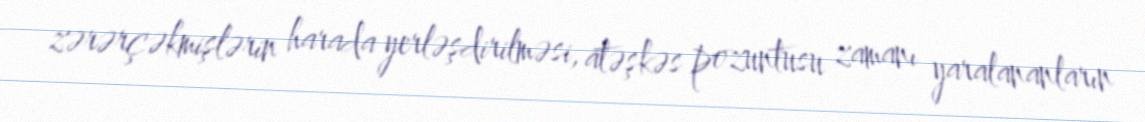
zərərçəkmişlərin harada yerləşdirilməsi, atəşkəs pozuntusu zamanı yaralananların